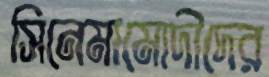
সিনেমামোদীদের